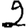
Digit: 2